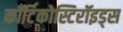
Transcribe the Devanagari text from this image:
कॉर्टिकोस्टिरॉइड्स